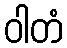
ဝါတံ